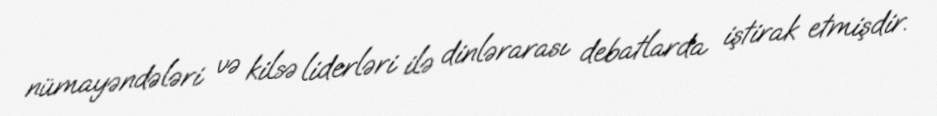
nümayəndələri və kilsə liderləri ilə dinlərarası debatlarda iştirak etmişdir.